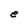
Character: e